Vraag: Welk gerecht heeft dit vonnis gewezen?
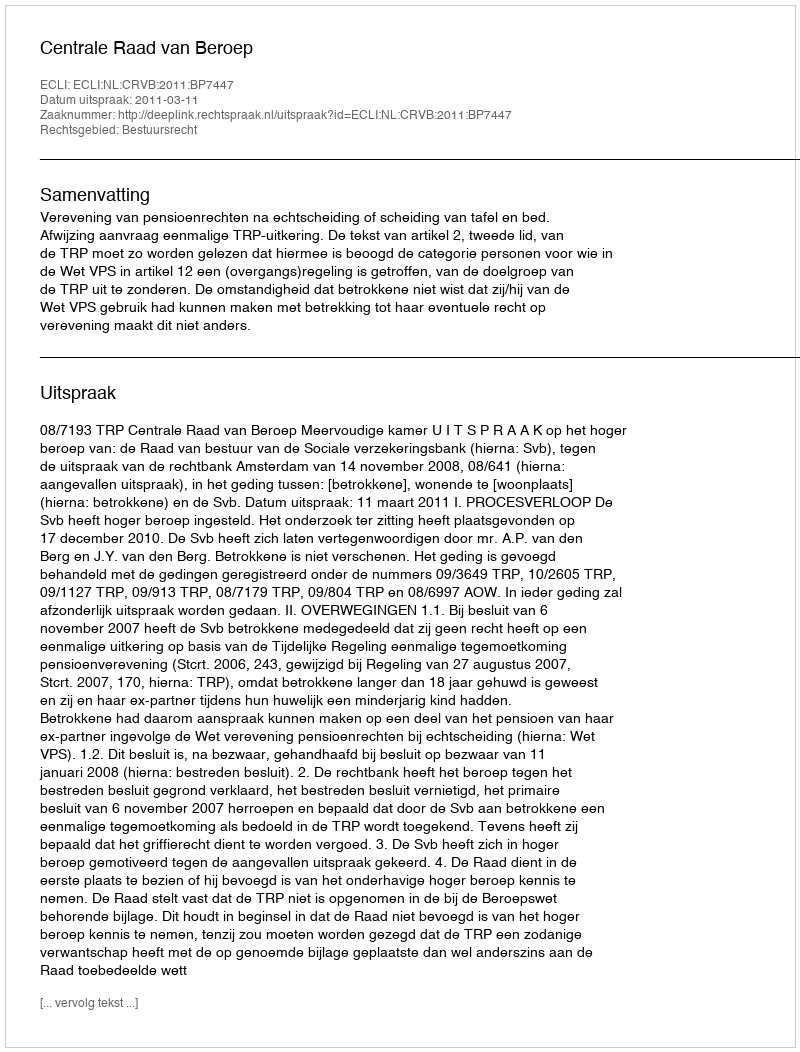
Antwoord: Centrale Raad van Beroep